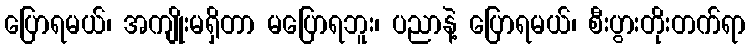
ပြောရမယ်၊ အကျိုးမရှိတာ မပြောရဘူး၊ ပညာနဲ့ ပြောရမယ်၊ စီးပွားတိုးတက်ရာ